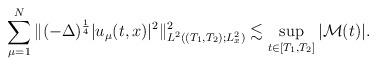
LaTeX: \begin{align*} \sum^N_{\mu=1}\|(-\Delta)^{\frac{1}{4}}|u_\mu(t, x)|^2\|^2_{L^2((T_1, T_2);L_x^2)}\lesssim \sup_{t\in[T_1, T_2]} |\mathcal{ M}(t)|. \end{align*}